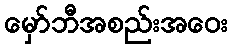
မှော်ဘီအစည်းအဝေး